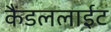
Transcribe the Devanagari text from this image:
कैंडललाईट